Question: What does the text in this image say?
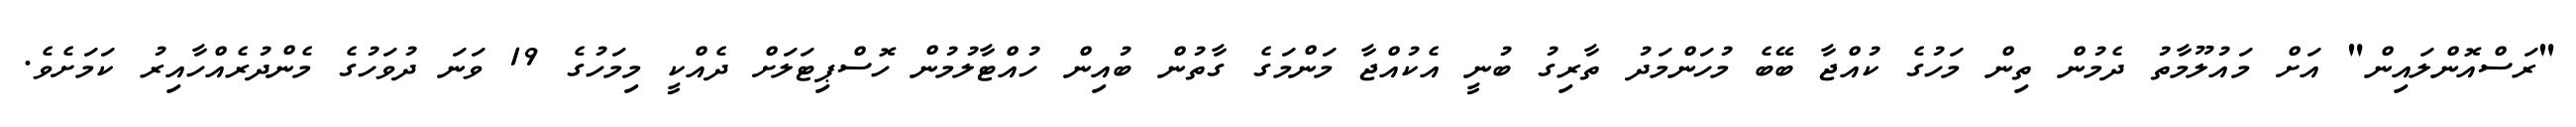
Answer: "ރަސްއޮންލައިން" އަށް މައުލޫމާތު ދެމުން ތިން މަހުގެ ކުއްޖާ ބޭބެ މުހަންމަދު ތާރިގު ބުނީ އެކުއްޖާ މަންމަގެ ގާތުން ބުއިން ހުއްޓާލުމުން ހޮސްޕިޓަލަށް ދެއްކީ މިމަހުގެ 19 ވަނަ ދުވަހުގެ މެންދުރެއްހާއިރު ކަމަށެވެ.